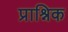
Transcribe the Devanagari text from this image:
प्राश्निक